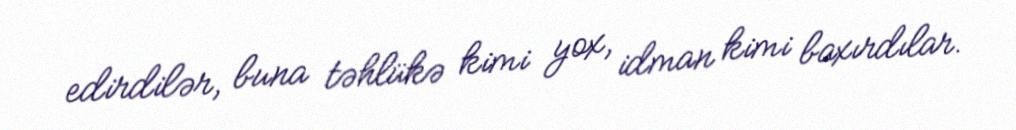
edirdilər, buna təhlükə kimi yox, idman kimi baxırdılar.